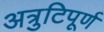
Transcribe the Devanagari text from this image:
अत्रुटिपूर्ण